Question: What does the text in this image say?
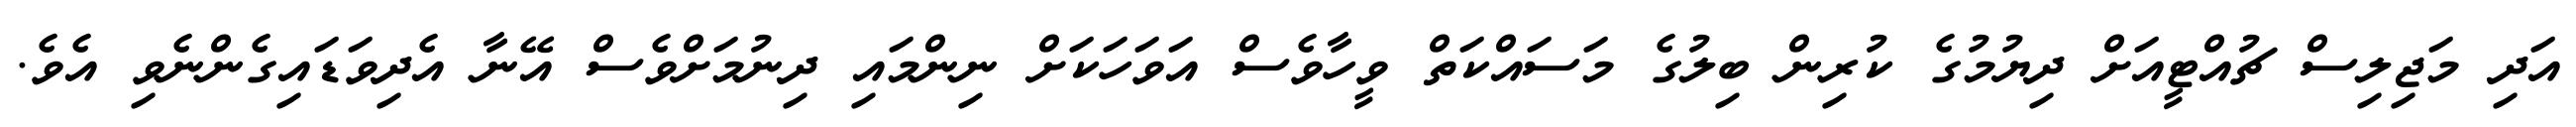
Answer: އަދި މަޖިލިސް ޗުއްޓީއަށް ދިޔުމުގެ ކުރިން ބިލުގެ މަސައްކަތް ވީހާވެސް އަވަހަކަށް ނިންމައި ދިނުމަށްވެސް އޭނާ އެދިވަޑައިގެންނެވި އެވެ.